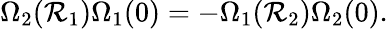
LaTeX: \Omega_{2}(\mathcal{R}_{1})\Omega_{1}(0)=-\Omega_{1}(\mathcal{R}_{2})\Omega_{2}(0).